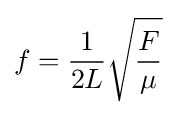
f={\frac {1}{2L}}{\sqrt {\frac {F}{\mu }}}